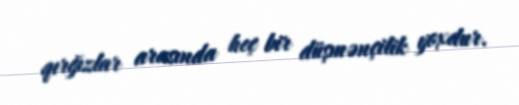
qırğızlar arasında heç bir düşmənçilik yoxdur.